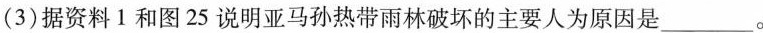
(3)据资料1和图25说明亚马孙热带雨林破坏的主要人为原因是___。